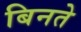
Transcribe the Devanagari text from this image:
बिनते